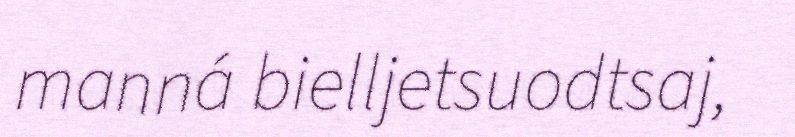
manná bielljetsuodtsaj,